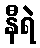
နီရဲ